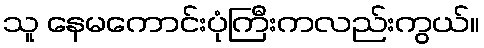
သူ နေမကောင်းပုံကြီးကလည်းကွယ်။